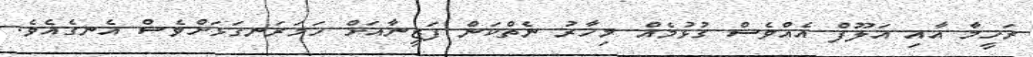
ރަހީމާ އާއި އަލޫފް އެއްވެސް ގުޅުމެއް މިހާރު ނެތްކަން ފަޒީނާއަށް ހަމަރަނގަޅަށްވެސް އެނގެއެވެ.